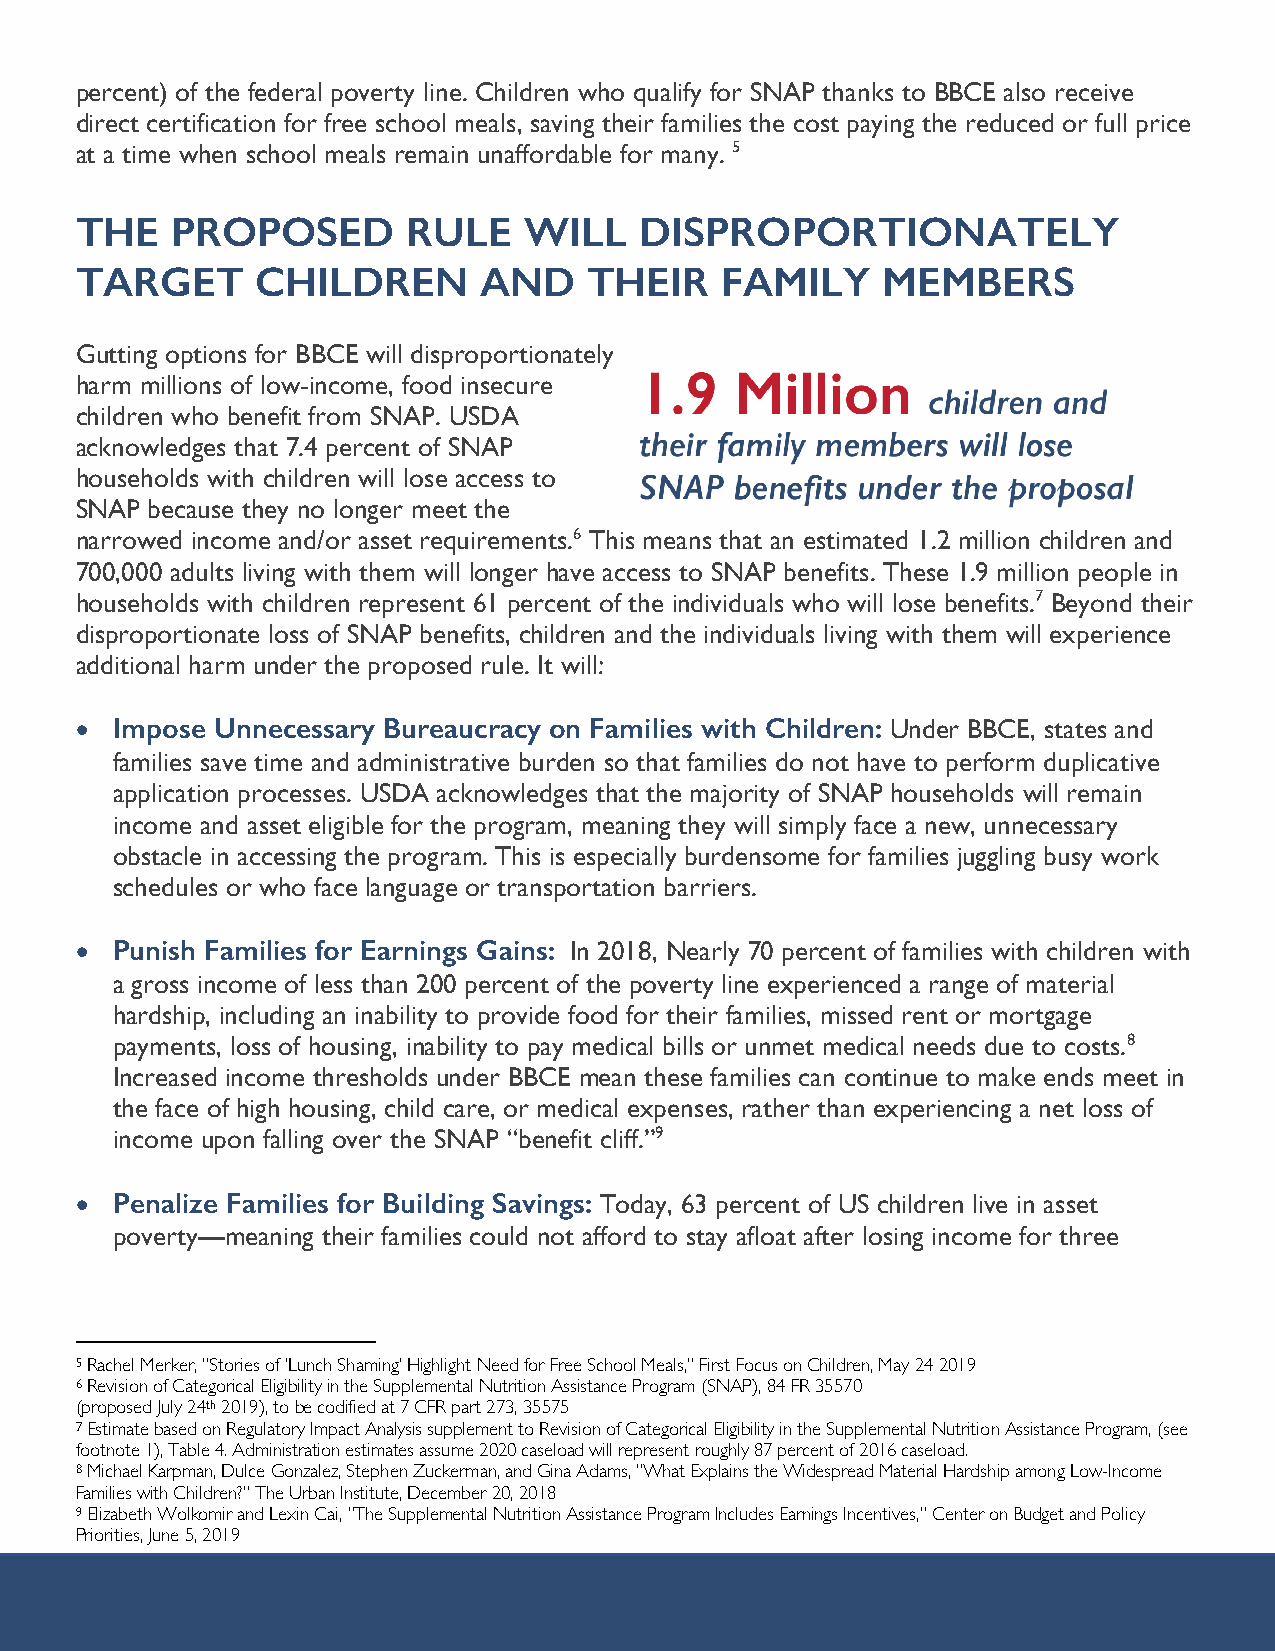
percent) of the federal poverty line. Children who qualify for SNAP thanks to BBCE also receive
 direct certification for free school meals, saving their families the cost paying the reduced or full price
 at a time when school meals remain unaffordable for many. 5
 THE   PROPOSED        RULE    WILL   DISPROPORTIONATELY
 TARGET      CHILDREN       AND    THEIR    FAMILY    MEMBERS
 Gutting options for BBCE will disproportionately
 harm millions of low-income, food insecure
 children who benefit from SNAP. USDA
 acknowledges that 7.4 percent of SNAP
 households with children will lose access to
 SNAP because they no longer meet the
 narrowed income and/or asset requirements.6 This means that an estimated 1.2 million children and
 700,000 adults living with them will longer have access to SNAP benefits. These 1.9 million people in
 households with children represent 61 percent of the individuals who will lose benefits.7 Beyond their
 disproportionate loss of SNAP benefits, children and the individuals living with them will experience
 additional harm under the proposed rule. It will:
 • Impose Unnecessary Bureaucracy on Families with Children: Under BBCE, states and
 families save time and administrative burden so that families do not have to perform duplicative
 application processes. USDA acknowledges that the majority of SNAP households will remain
 income and asset eligible for the program, meaning they will simply face a new, unnecessary
 obstacle in accessing the program. This is especially burdensome for families juggling busy work
 schedules or who face language or transportation barriers.
 • Punish Families for Earnings Gains: In 2018, Nearly 70 percent of families with children with
 a gross income of less than 200 percent of the poverty line experienced a range of material
 hardship, including an inability to provide food for their families, missed rent or mortgage
 payments, loss of housing, inability to pay medical bills or unmet medical needs due to costs.8
 Increased income thresholds under BBCE mean these families can continue to make ends meet in
 the face of high housing, child care, or medical expenses, rather than experiencing a net loss of
 income upon falling over the SNAP “benefit cliff.”9
 • Penalize Families for Building Savings: Today, 63 percent of US children live in asset
 poverty—meaning their families could not afford to stay afloat after losing income for three
 5 Rachel Merker, “Stories of ‘Lunch Shaming’ Highlight Need for Free School Meals,” First Focus on Children, May 24 2019
 6 Revision of Categorical Eligibility in the Supplemental Nutrition Assistance Program (SNAP), 84 FR 35570
 (proposed July 24th 2019), to be codified at 7 CFR part 273, 35575
 7 Estimate based on Regulatory Impact Analysis supplement to Revision of Categorical Eligibility in the Supplemental Nutrition Assistance Program, (see
 footnote 1), Table 4. Administration estimates assume 2020 caseload will represent roughly 87 percent of 2016 caseload.
 8 Michael Karpman, Dulce Gonzalez, Stephen Zuckerman, and Gina Adams, “What Explains the Widespread Material Hardship among Low-Income
 Families with Children?” The Urban Institute, December 20, 2018
 9 Elizabeth Wolkomir and Lexin Cai, “The Supplemental Nutrition Assistance Program Includes Earnings Incentives,” Center on Budget and Policy
 Priorities, June 5, 2019